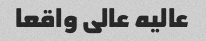
عالیه عالی واقعا